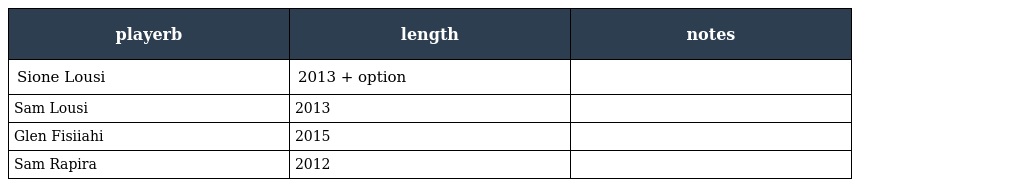
| playerb | length | notes |
 | --- | --- | --- |
 | Sione Lousi | 2013 + option |  |
 | Sam Lousi | 2013 |  |
 | Glen Fisiiahi | 2015 |  |
 | Sam Rapira | 2012 |  |